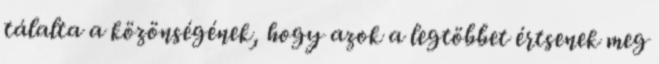
tálalta a közönségének, hogy azok a legtöbbet értsenek meg